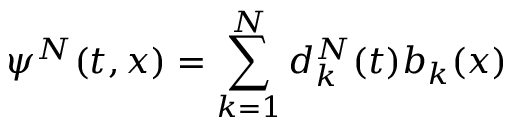
\psi ^ { N } ( t , x ) = \sum _ { k = 1 } ^ { N } d _ { k } ^ { N } ( t ) b _ { k } ( x )